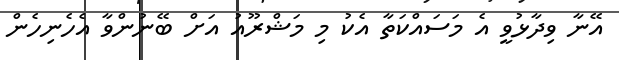
އޭނާ ވިދާޅުވީ އެ މަސައްކަތާ އެކު މި މަޝްރޫއު އަށް ބޭނުންވާ އެހެނިހެން